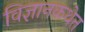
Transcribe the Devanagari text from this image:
विज्ञानकथेत